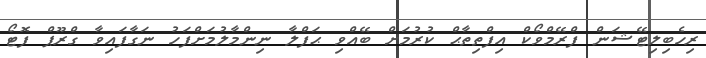
ރިހެބިލިޓޭޝަން ފްރޭމްވޯކް އިފްތިތާޙް ކުރުމަށް ބޭއްވި ޙަފްލާ ނިންމާލުމަށްފަހު ނަގާފައިވާ ގްރޫޕް ފޮޓޯ